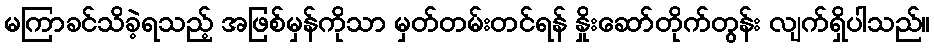
မကြာခင်သိခဲ့ရသည့် အဖြစ်မှန်ကိုသာ မှတ်တမ်းတင်ရန် နှိုးဆော်တိုက်တွန်း လျက်ရှိပါသည်။